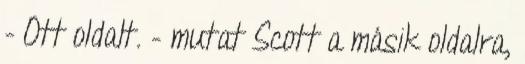
- Ott oldalt. – mutat Scott a másik oldalra,